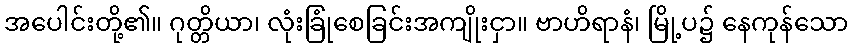
အပေါင်းတို့၏။ ဂုတ္တိယာ၊ လုံးခြုံစေခြင်းအကျိုးငှာ။ ဗာဟိရာနံ၊ မြို့ပ၌ နေကုန်သော